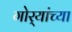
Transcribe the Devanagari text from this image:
गोर्‍यांच्या